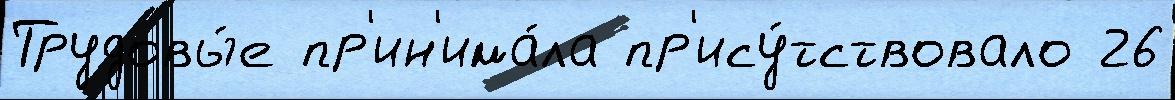
Трудовы́е пр'ин'има́ла пр'ису́тствовало 26